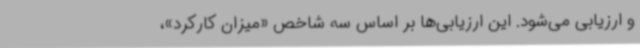
و ارزیابی می‌شود. این ارزیابی‌ها بر اساس سه شاخص «میزان کارکرد»،